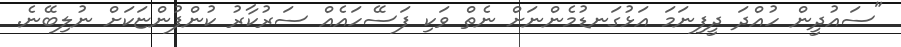
"ސައުދީން ހުއްދަ ދީފިނަމަ އަޅުގަނޑުމެންނަށް ނެތް ވަކި ފަސޭހައެއް ސަރުކާރު ކުންފުންޏަކަށް ނުލިބޭނެ.